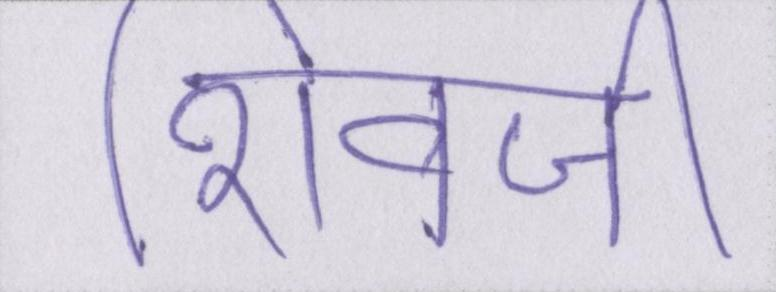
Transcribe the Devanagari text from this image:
शिवजी